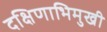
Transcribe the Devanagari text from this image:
दक्षिणाभिमुखी